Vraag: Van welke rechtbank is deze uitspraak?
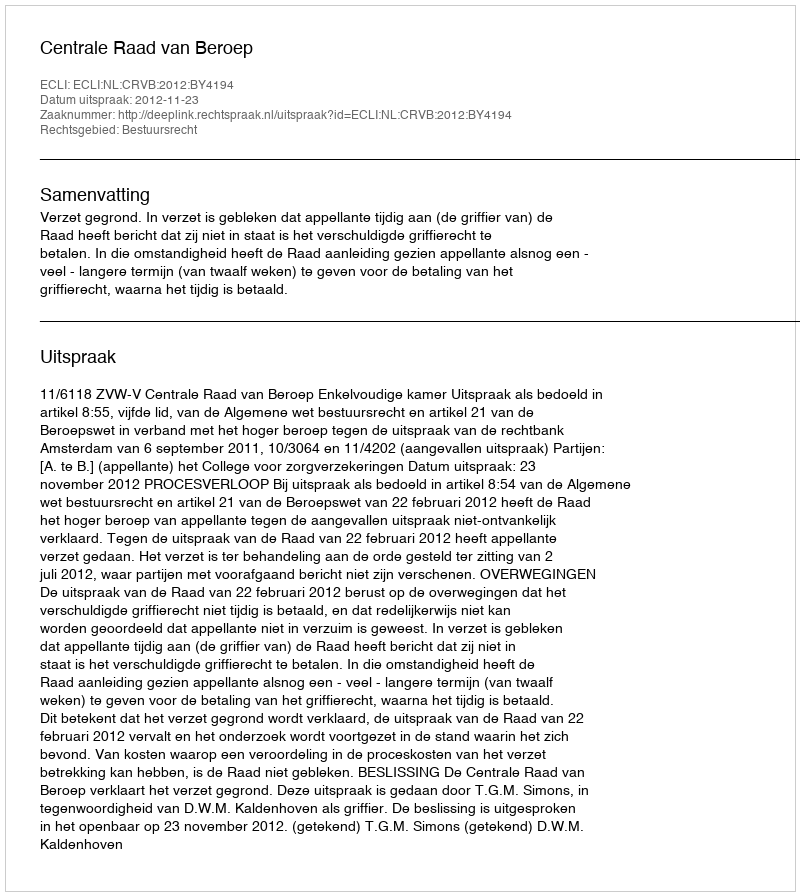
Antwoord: Centrale Raad van Beroep